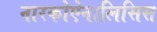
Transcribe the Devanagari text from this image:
नारकोऐनालिसिस